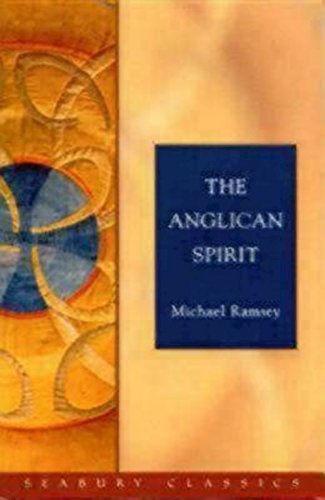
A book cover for The Anglican Spirit: Seabury Classics; Michael Ramsey; Christian Books & Bibles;